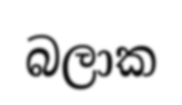
බලාක